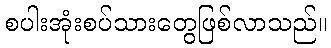
စပါးအုံးစပ်သားတွေဖြစ်လာသည်။